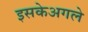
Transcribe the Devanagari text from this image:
इसकेअगले